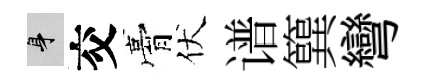
身交膏伏谱簨彎